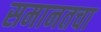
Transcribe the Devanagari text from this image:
समानतचा